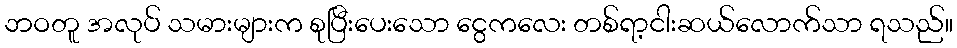
ဘဝတူ အလုပ် သမားများက စုပြီးပေးသော ငွေကလေး တစ်ရာ့ငါးဆယ်လောက်သာ ရသည်။